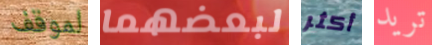
لموقف لبعضهما أكثر تريد